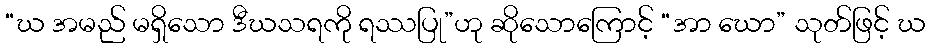
“ဃ အမည် မရှိသော ဒီဃသရကို ရဿပြု”ဟု ဆိုသောကြောင့် “အာ ဃော” သုတ်ဖြင့် ဃ